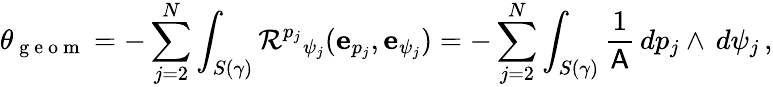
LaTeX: \theta_{\mathrm{~g~e~o~m~}}=-\sum_{j=2}^{N}\int_{S(\gamma)}\mathcal{R}^{p_{j}}{}_{\psi_{j}}(\mathbf{e}_{p_{j}},\mathbf{e}_{\psi_{j}})=-\sum_{j=2}^{N}\int_{S(\gamma)}\frac{1}{\mathsf{A}}\, dp_{j}\wedge\, d\psi_{j}\, ,